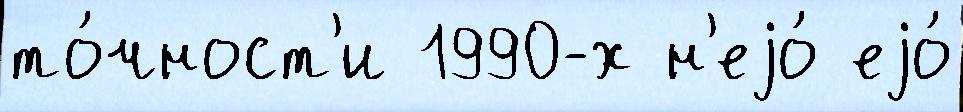
то́чност'и 1990-х н'еjо́ еjо́